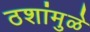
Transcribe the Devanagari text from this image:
ठशांमुळे